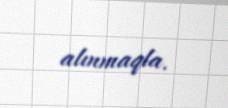
alınmaqla.